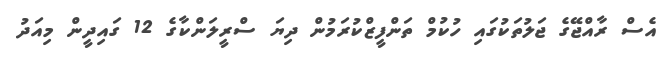
އެސް ރާއްޖޭގެ ޖަލުތަކުގައި ހުކުމް ތަންފީޒްކުރަމުން ދިޔަ ސްރީލަންކާގެ 12 ގައިދީން މިއަދު